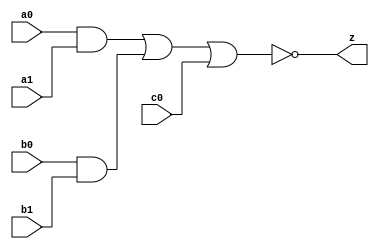
// This program was cloned from: https://github.com/aolofsson/oh
// License: MIT License

//#############################################################################
//# Function: And-Or-Inverter (aoi221) Gate                                   #
//#                                                                           #
//# Copyright: OH Project Authors. ALl rights Reserved.                       #
//# License:  MIT (see LICENSE file in OH repository)                         # 
//#############################################################################

module oh_aoi221 #(parameter DW = 1 ) // array width
   (
    input [DW-1:0]  a0,
    input [DW-1:0]  a1,
    input [DW-1:0]  b0,
    input [DW-1:0]  b1,
    input [DW-1:0]  c0,
    output [DW-1:0] z
    );
   
   assign z = ~((a0 & a1) | (b0 & b1) | c0);
   
endmodule